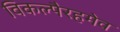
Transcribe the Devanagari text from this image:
विकल्पैरहमेव